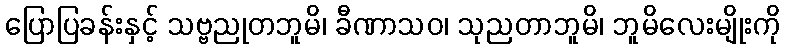
ပြောပြခန်းနှင့် သဗ္ဗညုတဘူမိ၊ ခီဏာသဝ၊ သုညတာဘူမိ၊ ဘူမိလေးမျိုးကို